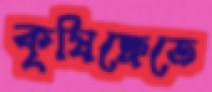
কৃষিক্ষেতে